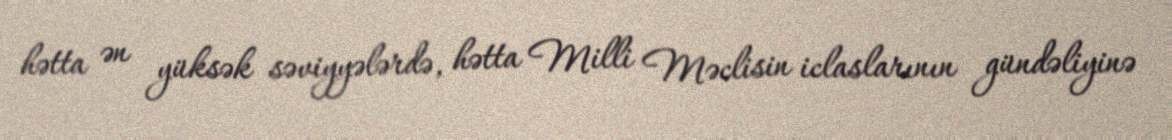
hətta ən yüksək səviyyələrdə, hətta Milli Məclisin iclaslarının gündəliyinə